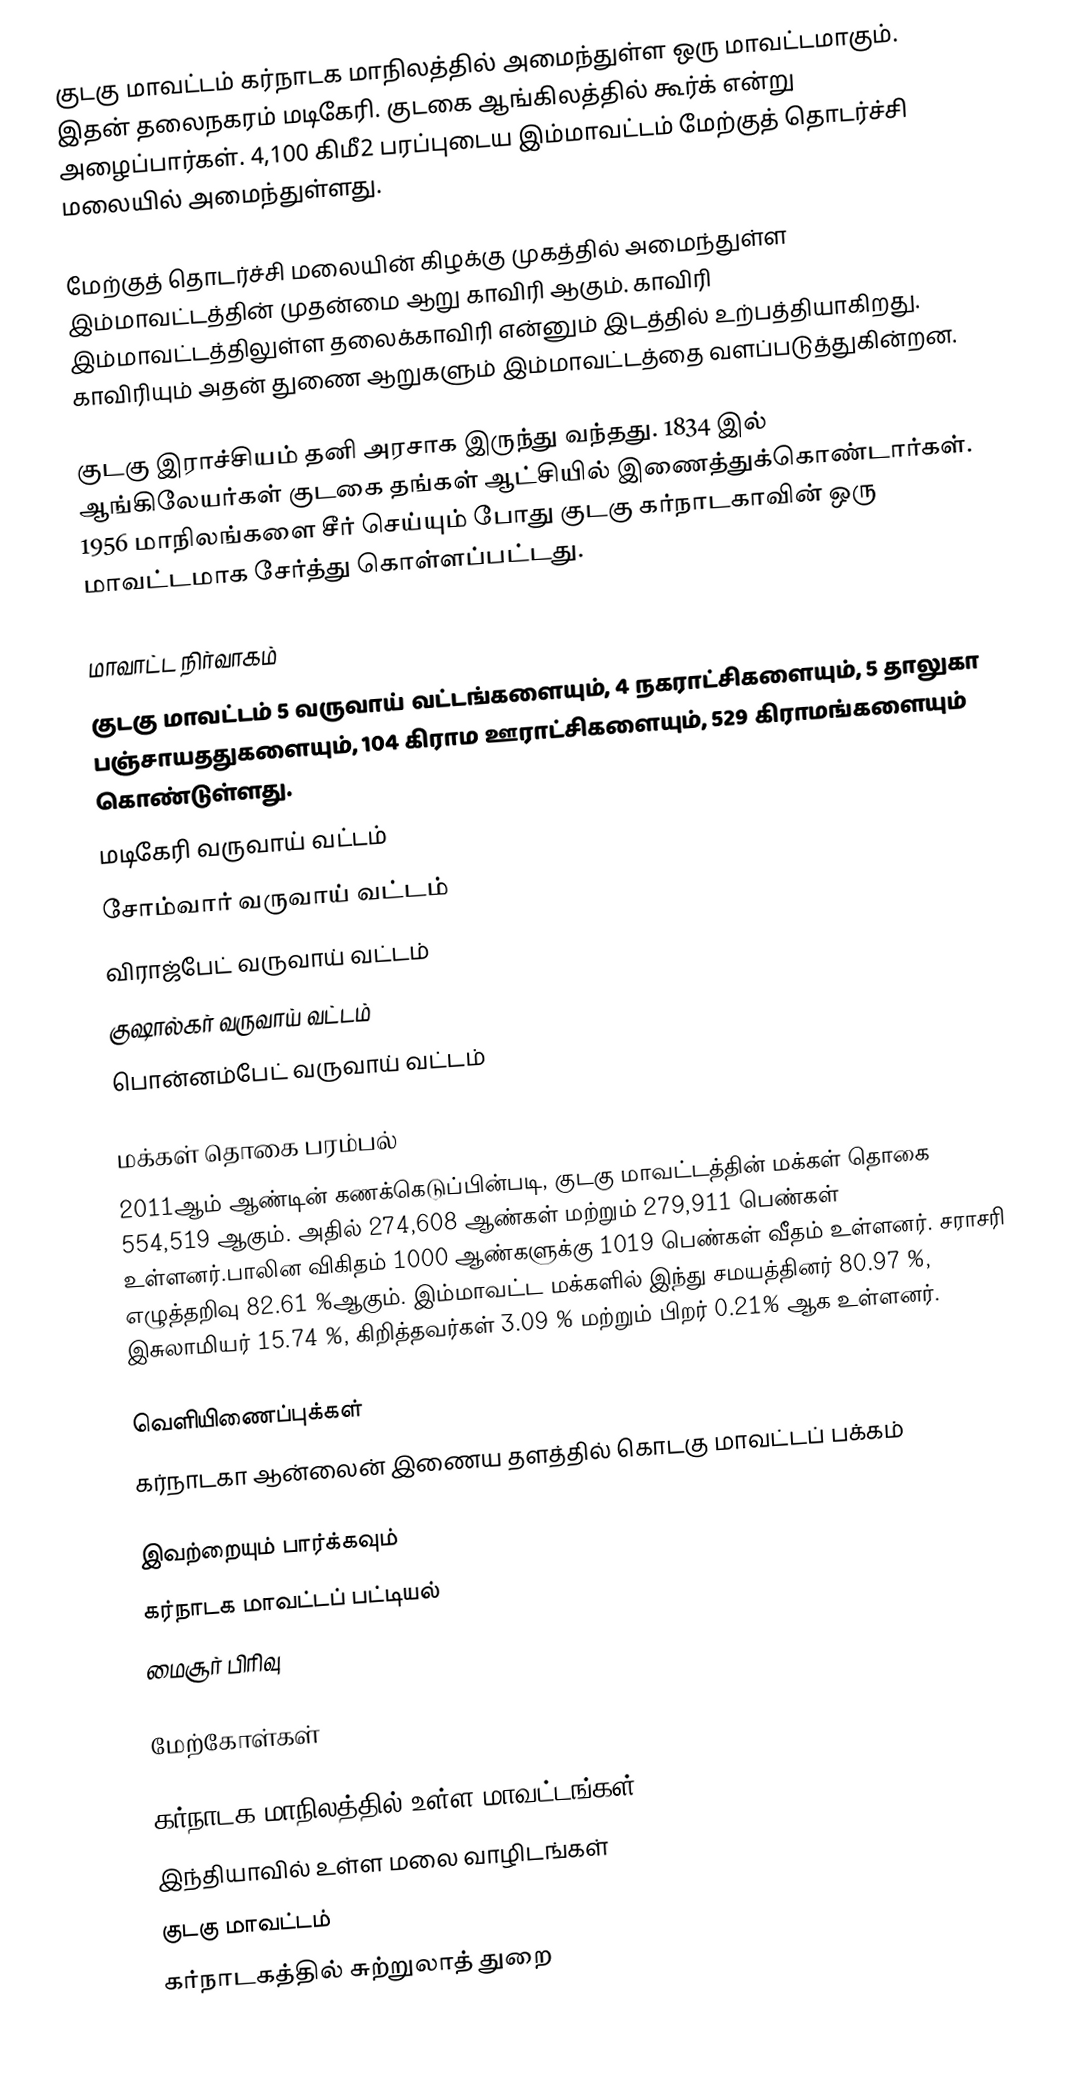
குடகு மாவட்டம் கர்நாடக மாநிலத்தில் அமைந்துள்ள ஒரு மாவட்டமாகும். இதன் தலைநகரம் மடிகேரி. குடகை ஆங்கிலத்தில் கூர்க் என்று அழைப்பார்கள். 4,100 கிமீ2 பரப்புடைய இம்மாவட்டம் மேற்குத் தொடர்ச்சி மலையில் அமைந்துள்ளது.

மேற்குத் தொடர்ச்சி மலையின் கிழக்கு முகத்தில் அமைந்துள்ள இம்மாவட்டத்தின் முதன்மை ஆறு காவிரி ஆகும். காவிரி இம்மாவட்டத்திலுள்ள தலைக்காவிரி என்னும் இடத்தில் உற்பத்தியாகிறது.  காவிரியும் அதன் துணை ஆறுகளும் இம்மாவட்டத்தை வளப்படுத்துகின்றன.

குடகு இராச்சியம் தனி அரசாக இருந்து வந்தது. 1834 இல் ஆங்கிலேயர்கள் குடகை தங்கள் ஆட்சியில் இணைத்துக்கொண்டார்கள். 1956 மாநிலங்களை சீர் செய்யும் போது குடகு கர்நாடகாவின் ஒரு மாவட்டமாக சேர்த்து கொள்ளப்பட்டது.

மாவாட்ட நிர்வாகம்
குடகு மாவட்டம் 5 வருவாய் வட்டங்களையும், 4 நகராட்சிகளையும், 	5  தாலுகா பஞ்சாயததுகளையும்,	104 	கிராம ஊராட்சிகளையும், 529 கிராமங்களையும் கொண்டுள்ளது.
 மடிகேரி வருவாய் வட்டம்
 சோம்வார் வருவாய் வட்டம்
 விராஜ்பேட் வருவாய் வட்டம்
 குஷால்கர் வருவாய் வட்டம்
 பொன்னம்பேட் வருவாய் வட்டம்

மக்கள் தொகை பரம்பல்
2011ஆம் ஆண்டின் கணக்கெடுப்பின்படி,   குடகு மாவட்டத்தின் மக்கள் தொகை 554,519 ஆகும். அதில்  274,608 ஆண்கள் மற்றும் 279,911 பெண்கள் உள்ளனர்.பாலின விகிதம் 1000 ஆண்களுக்கு 1019  பெண்கள் வீதம் உள்ளனர். சராசரி எழுத்தறிவு 82.61 %ஆகும். இம்மாவட்ட மக்களில் இந்து சமயத்தினர் 80.97 %, இசுலாமியர் 15.74 %, கிறித்தவர்கள் 3.09 % 	 மற்றும் பிறர் 0.21% ஆக உள்ளனர்.

வெளியிணைப்புக்கள்
 கர்நாடகா ஆன்லைன் இணைய தளத்தில் கொடகு மாவட்டப் பக்கம்

இவற்றையும் பார்க்கவும்
 கர்நாடக மாவட்டப் பட்டியல்
 மைசூர் பிரிவு

மேற்கோள்கள்

கர்நாடக மாநிலத்தில் உள்ள மாவட்டங்கள்
இந்தியாவில் உள்ள மலை வாழிடங்கள்
குடகு மாவட்டம்
கர்நாடகத்தில் சுற்றுலாத் துறை